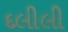
દલીલી